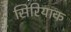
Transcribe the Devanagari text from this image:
सिरियाक